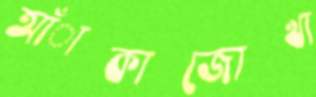
আঁাকাজোখা